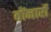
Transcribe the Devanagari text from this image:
बोंनार्रो